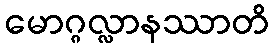
မောဂ္ဂလ္လာနဿာတိ